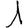
Digit: 1